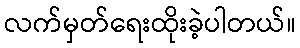
လက်မှတ်ရေးထိုးခဲ့ပါတယ်။